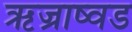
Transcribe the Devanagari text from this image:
ऋज्राष्वड